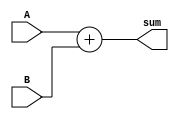
module Adder(
    input [31:0] A,
    input [31:0] B,
    output [31:0] sum
);

assign sum = A + B;

endmodule